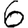
Digit: 6